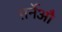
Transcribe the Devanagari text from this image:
ग़र्नेऔ